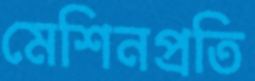
মেশিনপ্রতি